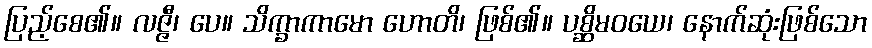
ပြည့်စေ၏။ လဇ္ဇီ၊ ပေ။ သိက္ခာကာမော ဟောတိ၊ ဖြစ်၏။ ပစ္ဆိမဝယေ၊ နောက်ဆုံးဖြစ်သော